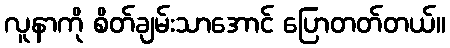
လူနာကို စိတ်ချမ်းသာအောင် ပြောတတ်တယ်။